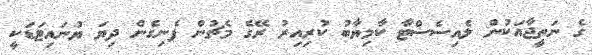
ގެ ނަތީޖާއަކުން ލެއިސެސްޓާ ކާމިޔާބު ކުރިއިރު ރޭގެ މެޗުން ފެނިގެން ދިޔަ ޔުނައިޓަޑަކީ